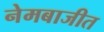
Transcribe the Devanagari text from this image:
नेमबाजीत